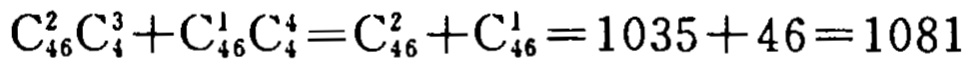
\(\mathrm{C}_{46}^{2}\mathrm{C}_{4}^{3}+\mathrm{C}_{46}^{1}\mathrm{C}_{4}^{4}=\mathrm{C}_{46}^{2}+\mathrm{C}_{46}^{1}=1035 + 46=1081\)